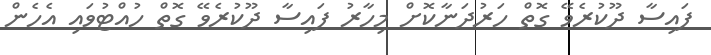
ފައިސާ ދޫކުރެވޭ ގޮތް ހަރުދަނާކޮށް މިހާރު ފައިސާ ދޫކުރެވޭ ގޮތް ހުއްޓުވައި އެހެން